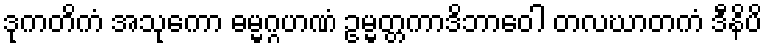
ဒုကတိကံ အသုကော ဓမ္မဂ္ဂဟဏံ ဥမ္မတ္တကာဒိဘာဝေါ တလဃာတကံ ဒီနိပိ